Vaccination in Bombay 1869-1873 - 1869-1873
Year: 1869
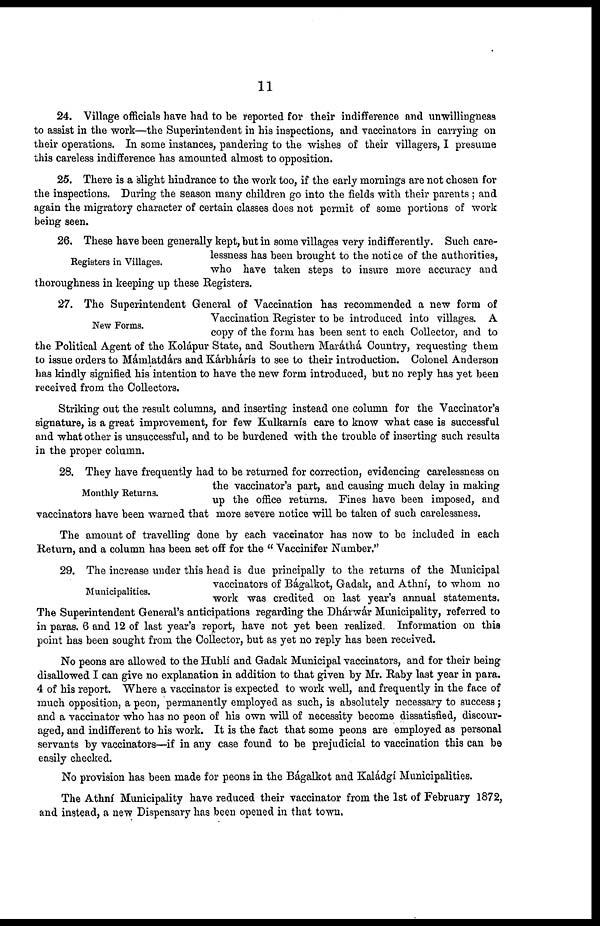
11
24. Village officials have had to be reported for their indifference and unwillingness
to assist in the work—the Superintendent in his inspections, and vaccinators in carrying on
their operations. In some instances, pandering to the wishes of their villagers, I presume
this careless indifference has amounted almost to opposition.
25. There is a slight hindrance to the work too, if the early mornings are not chosen for
the inspections. During the season many children go into the fields with their parents ; and
again the migratory character of certain classes does not permit of some portions of work
being seen.
Registers in Villages.
26. These have been generally kept, but in some villages very indifferently. Such care-
lessness has been brought to the notice of the authorities,
who have taken steps to insure more accuracy and
thoroughness in keeping up these Registers.
New Forms.
27. The Superintendent General of Vaccination has recommended a new form of
Vaccination Register to be introduced into villages. A
copy of the form has been sent to each Collector, and to
the Political Agent of the Kolápur State, and Southern Maráthá Country, requesting them
to issue orders to Mámlatdárs and Kárbhárís to see to their introduction. Colonel Anderson
has kindly signified his intention to have the new form introduced, but no reply has yet been
received from the Collectors.
Striking out the result columns, and inserting instead one column for the Vaccinator's
signature, is a great improvement, for few Kulkarnís care to know what case is successful
and what other is unsuccessful, and to be burdened with the trouble of inserting such results
in the proper column.
Monthly Returns.
28. They have frequently had to be returned for correction, evidencing carelessness on
the vaccinator's part, and causing much delay in making
up the office returns. Fines have been imposed, and
vaccinators have been warned that more severe notice will be taken of such carelessness.
The amount of travelling done by each vaccinator has now to be included in each
Return, and a column has been set off for the " Vaccinifer Number."
Municipalities.
29. The increase under this head is due principally to the returns of the Municipal
vaccinators of Bágalkot, Gadak, and Athní, to whom no
work was credited on last year's annual statements.
The Superintendent General's anticipations regarding the Dhárwár Municipality, referred to
in paras. 6 and 12 of last year's report, have not yet been realized. Information on this
point has been sought from the Collector, but as yet no reply has been received.
No peons are allowed to the Hublí and Gadak Municipal vaccinators, and for their being
disallowed I can give no explanation in addition to that given by Mr. Raby last year in para.
4 of his report. Where a vaccinator is expected to work well, and frequently in the face of
much opposition, a peon, permanently employed as such, is absolutely necessary to success ;
and a vaccinator who has no peon of his own will of necessity become dissatisfied, discour-
aged, and indifferent to his work. It is the fact that some peons are employed as personal
servants by vaccinators—if in any case found to be prejudicial to vaccination this can be
easily checked.
No provision has been made for peons in the Bágalkot and Kaládgí Municipalities.
The Athní Municipality have reduced their vaccinator from the 1st of February 1872,
and instead, a new Dispensary has been opened in that town.